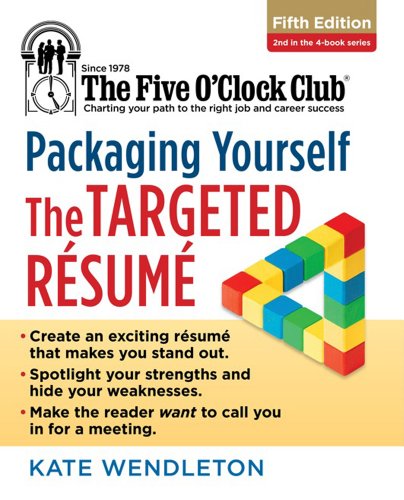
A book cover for Packaging Yourself: The Targeted Resume (The Five O'Clock Club); Kate Wendleton; Business & Money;